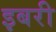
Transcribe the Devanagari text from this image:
इबरी